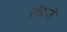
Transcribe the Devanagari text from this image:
तंत्रज्ञे